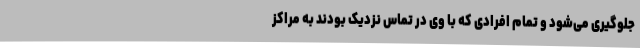
جلوگیری می‌شود و تمام افرادی که با وی در تماس نزدیک بودند به مراکز